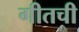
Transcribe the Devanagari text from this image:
गीतची